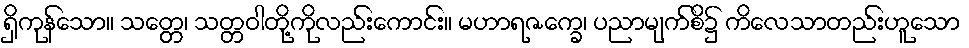
ရှိကုန်သော။ သတ္တေ၊ သတ္တဝါတို့ကိုလည်းကောင်း။ မဟာရဇက္ခေ၊ ပညာမျက်စိ၌ ကိလေသာတည်းဟူသော